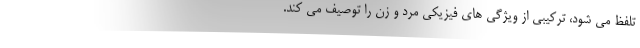
تلفظ می شود، ترکیبی از ویژگی های فیزیکی مرد و زن را توصیف می کند.